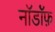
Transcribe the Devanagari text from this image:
नॉर्डॉफ़